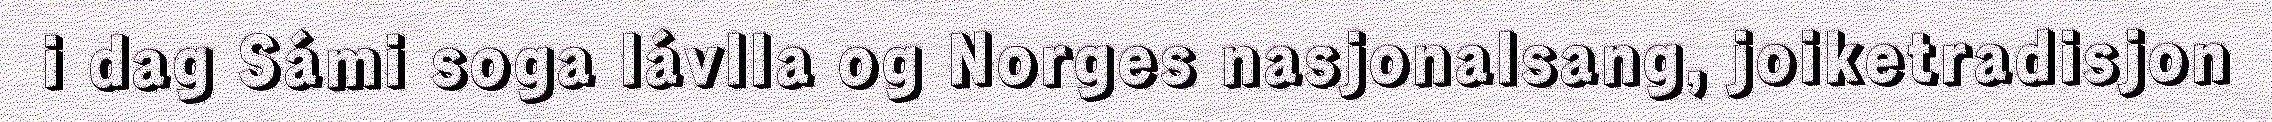
i dag Sámi soga lávlla og Norges nasjonalsang, joiketradisjon